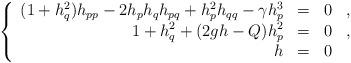
LaTeX: \begin{align*}\left\{\begin{array}{rllll}(1+h_q^2)h_{pp}-2h_ph_qh_{pq}+h_p^2h_{qq}-\gamma h_p^3&=&0&,\\\displaystyle 1+h_q^2+(2gh-Q)h_p^2&=&0&,\\h&=&0&\end{array}\right.\end{align*}